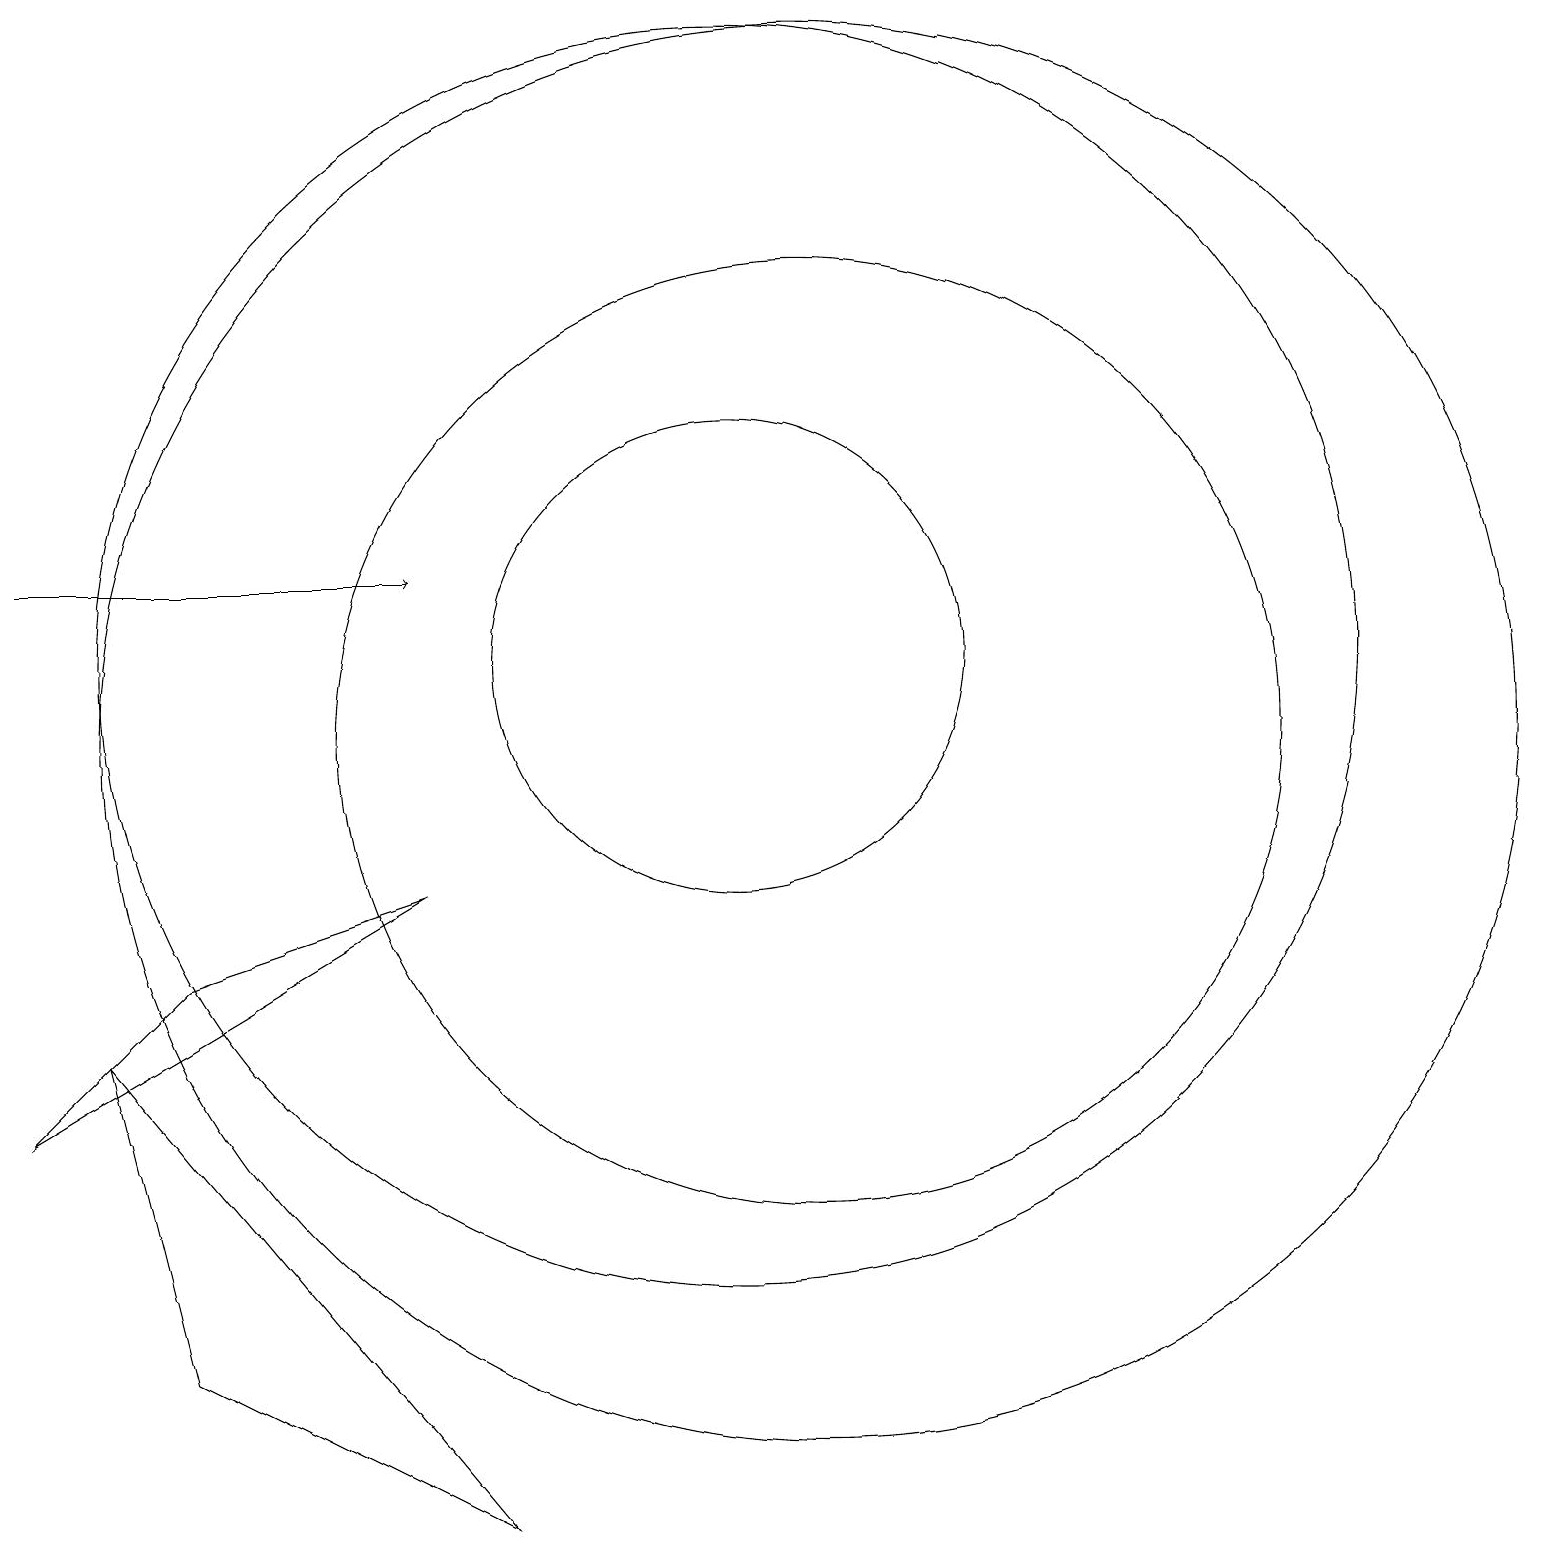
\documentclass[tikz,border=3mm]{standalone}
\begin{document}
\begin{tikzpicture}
\draw (11,10) circle (9);
\draw (10,11) circle (8);
\draw[->] (1,12) -- (6,12);
\draw (11,10) circle (6);
\draw (3,7) -- (6,8) -- (1,5) -- cycle;
\draw (3,2) -- (7,0) -- (2,6) -- cycle;
\draw (10,11) circle (3);
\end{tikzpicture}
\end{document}